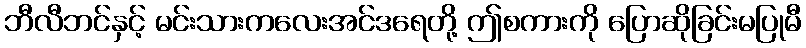
ဘီလီဘင်နှင့် မင်းသားကလေးအင်ဒရေတို့ ဤစကားကို ပြောဆိုခြင်းမပြုမီ